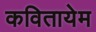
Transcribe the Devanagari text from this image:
कवितायेम